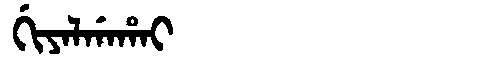
Manchu: ᡤᡳᠶᠠᠯᡤᠠᡥᠠᡳ
Romanization: GIYALGAHAI